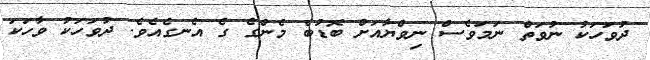
ދުވަހަކު ނުވަތް ނަމަވެސް ނިވްޔާއަށް ބޮޑުބެ މެންގެ ގެ އެނގެއެވެ. ދުވަހަކު ވާހަކަ